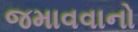
જમાવવાનો